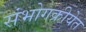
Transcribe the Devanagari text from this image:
संभोगक्रीयेत